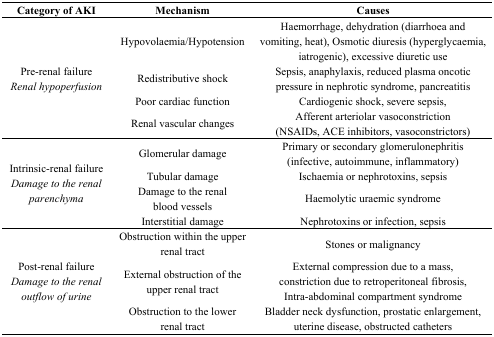
| Category of AKI | Mechanism | Causes |
 | --- | --- | --- |
 | <ROWSPAN=4> Pre-renal failureRenal hypoperfusion | Hypovolaemia/Hypotension | Haemorrhage, dehydration (diarrhoea and vomiting, heat), Osmotic diuresis (hyperglycaemia, iatrogenic), excessive diuretic use |
 | Redistributive shock | Sepsis, anaphylaxis, reduced plasma oncotic pressure in nephrotic syndrome, pancreatitis |
 | Poor cardiac function | Cardiogenic shock, severe sepsis, |
 | Renal vascular changes | Afferent arteriolar vasoconstriction (NSAIDs, ACE inhibitors, vasoconstrictors) |
 | <ROWSPAN=4> Intrinsic-renal failureDamage to the renal parenchyma | Glomerular damage | Primary or secondary glomerulonephritis (infective, autoimmune, inflammatory) |
 | Tubular damage | Ischaemia or nephrotoxins, sepsis |
 | Damage to the renal blood vessels | Haemolytic uraemic syndrome |
 | Interstitial damage | Nephrotoxins or infection, sepsis |
 | <ROWSPAN=3> Post-renal failureDamage to the renal outflow of urine | Obstruction within the upper renal tract | Stones or malignancy |
 | External obstruction of the upper renal tract | External compression due to a mass, constriction due to retroperitoneal fibrosis, Intra-abdominal compartment syndrome |
 | Obstruction to the lower renal tract | Bladder neck dysfunction, prostatic enlargement, uterine disease, obstructed catheters |